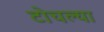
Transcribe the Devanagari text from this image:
टोचल्या